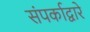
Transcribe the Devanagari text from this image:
संपर्काद्वारे